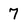
Character: 7